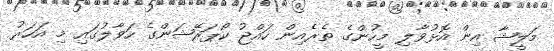
މަލީޝާ އިން އޮޅުވާލި މީހުންގެ ތެރެއިން ހައްޖު ކޯޕަރޭޝަންގެ ހަވާލުގައި މި އަހަރު